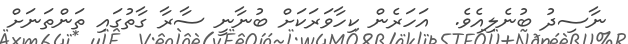
ނާސިދު ބުނެލިއެވެ.  އަހަރެން ކިހާވަރަކަށް ބުނާނީ ސާރާ ގާތުގައި ތަންތަނަށް